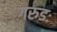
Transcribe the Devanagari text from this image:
गरुडः